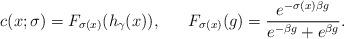
LaTeX: \begin{align*}c(x;\sigma)= F_{\sigma(x)}(h_\gamma(x)),\,\,\,\,\,\,\,\,\,\,F_{\sigma(x)}(g)=\frac{e^{-\sigma(x)\beta g}}{e^{-\beta g}+e^{\beta g}}.\end{align*}